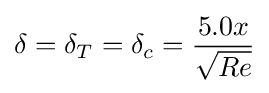
\delta =\delta _{T}=\delta _{c}={5.0x \over {\sqrt {Re}}}